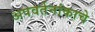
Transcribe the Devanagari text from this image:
अपवर्तनांकाचे